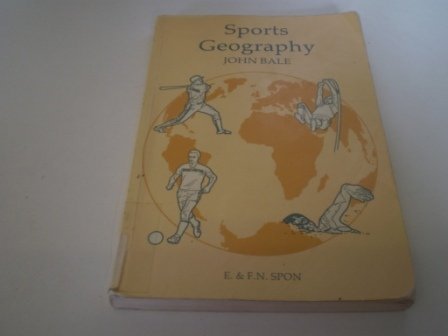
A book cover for Sports Geography; J. Bale; Sports & Outdoors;